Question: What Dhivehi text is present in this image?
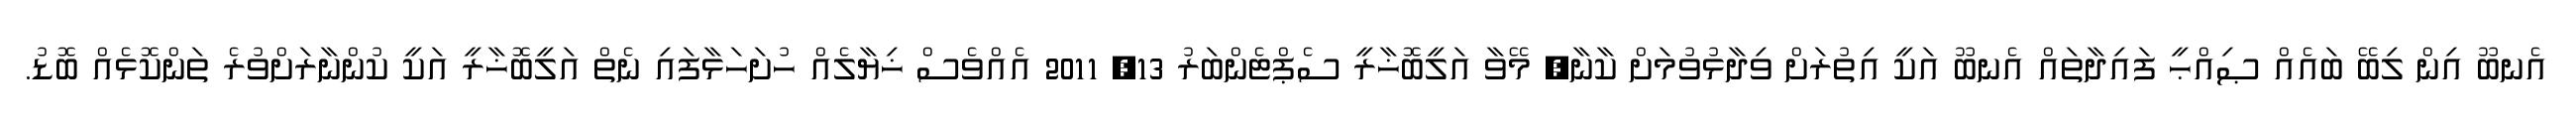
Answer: އެނބޫ އިން ލިބޭ ބައެއް ޞިއްޙީ ފައިދާތައް އެނބޫ އަކީ އިތުރަށް ވިދާޅުވުމަށް ކާނާ, މޭވާ އަލީބޮޚާރީ ސެޕްޓެންބަރު 13, 2011 އެއްވެސް ޚިޔާލެއް ހުށަހަޅާފައި ނެތް އަލީބޮޚާރީ އަކީ ކުންނާރަށްވުރެ ތަންކޮޅެއް ބޮޑު.